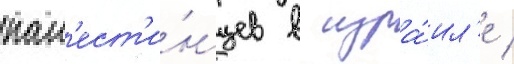
пал'ест'и́нцев в изра́ил'е /